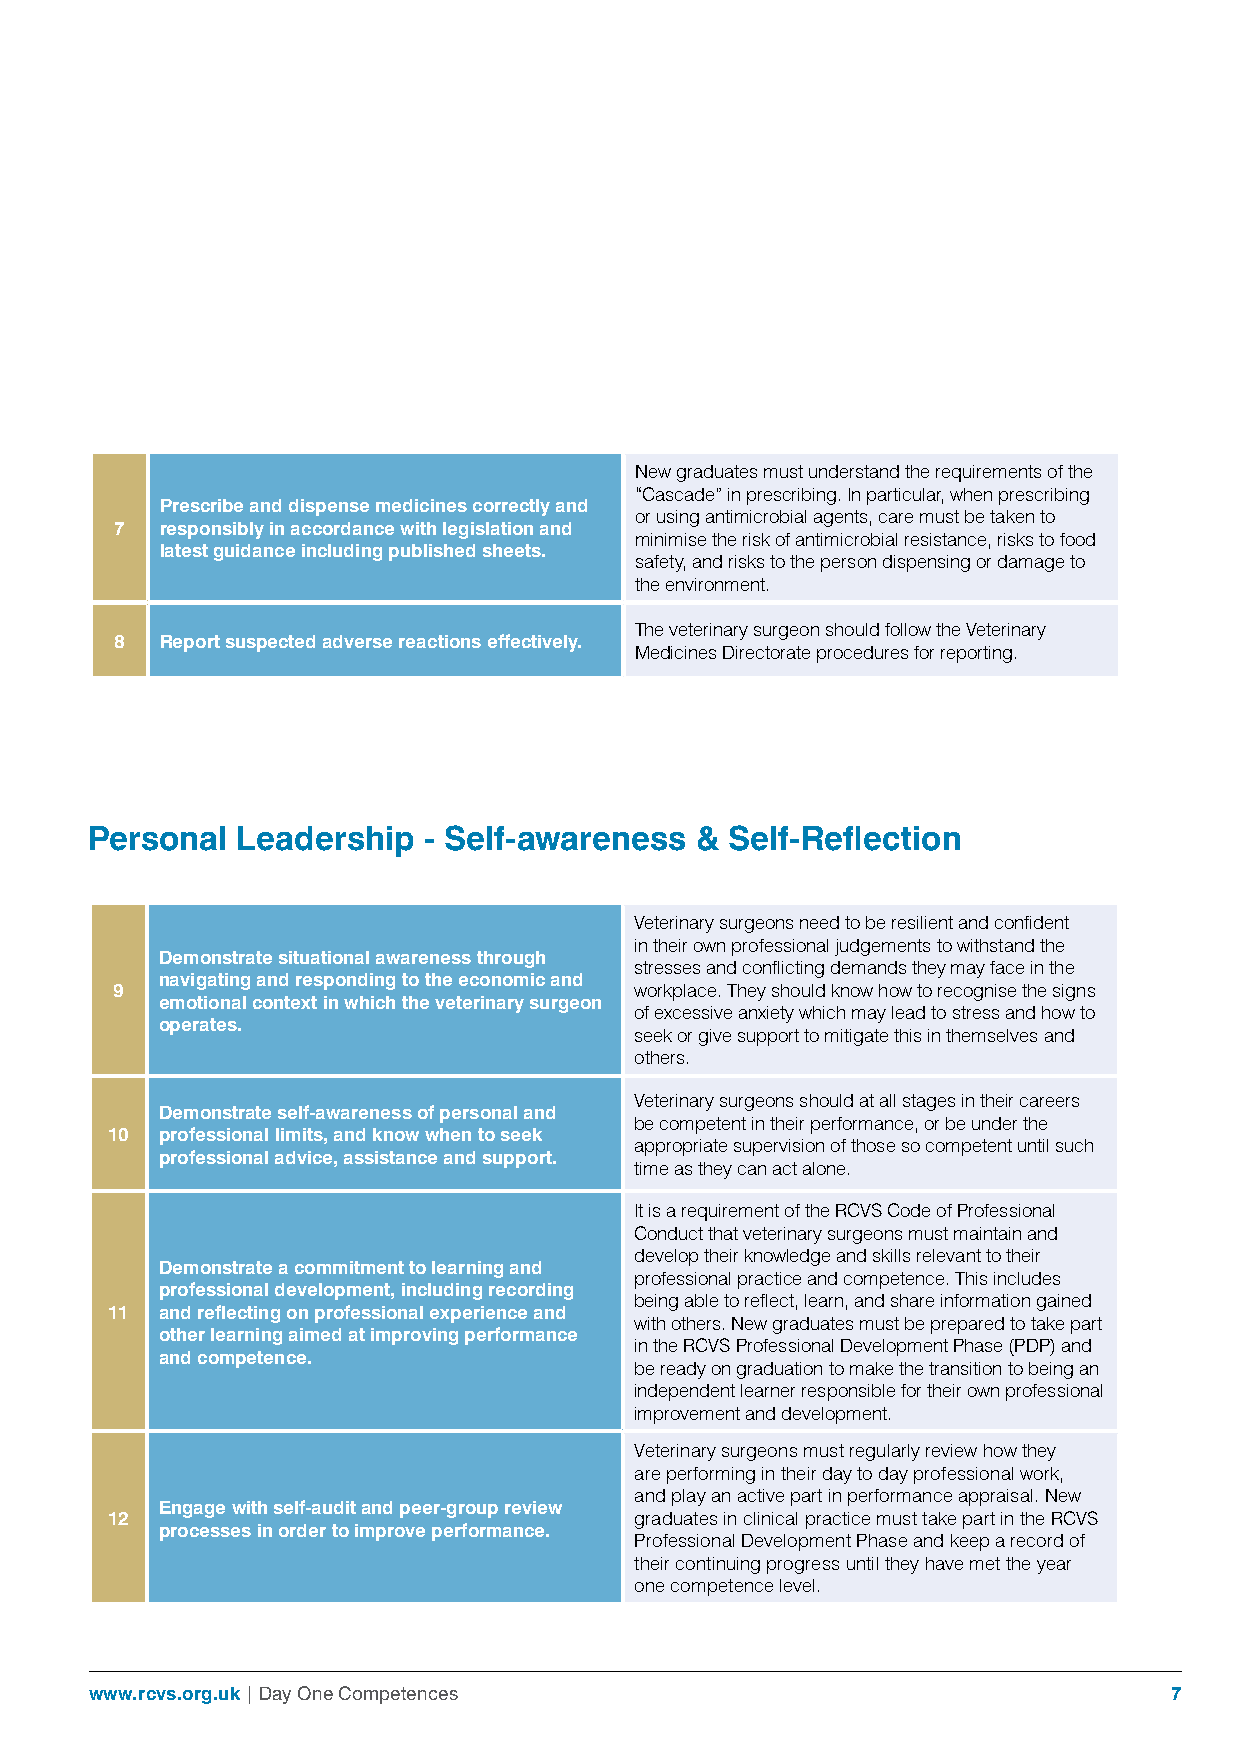
New graduates must understand the requirements of the
 “Cascade” in prescribing. In particular, when prescribing
 Prescribe and dispense medicines correctly and
 or using antimicrobial agents, care must be taken to
 7  responsibly in accordance with legislation and
 minimise the risk of antimicrobial resistance, risks to food
 latest guidance including published sheets.
 safety, and risks to the person dispensing or damage to
 the environment.
 The veterinary surgeon should follow the Veterinary
 8  Report suspected adverse reactions effectively.
 Medicines Directorate procedures for reporting.
 Personal  Leadership  - Self-awareness  & Self-Reflection
 Veterinary surgeons need to be resilient and confident
 in their own professional judgements to withstand the
 Demonstrate situational awareness through
 stresses and conflicting demands they may face in the
 navigating and responding to the economic and
 9                                  workplace. They should know how to recognise the signs
 emotional context in which the veterinary surgeon
 of excessive anxiety which may lead to stress and how to
 operates.
 seek or give support to mitigate this in themselves and
 others.
 Veterinary surgeons should at all stages in their careers
 Demonstrate self-awareness of personal and
 be competent in their performance, or be under the
 10  professional limits, and know when to seek
 appropriate supervision of those so competent until such
 professional advice, assistance and support.
 time as they can act alone.
 It is a requirement of the RCVS Code of Professional
 Conduct that veterinary surgeons must maintain and
 develop their knowledge and skills relevant to their
 Demonstrate a commitment to learning and
 professional practice and competence. This includes
 professional development, including recording
 being able to reflect, learn, and share information gained
 11  and reflecting on professional experience and
 with others. New graduates must be prepared to take part
 other learning aimed at improving performance
 in the RCVS Professional Development Phase (PDP) and
 and competence.
 be ready on graduation to make the transition to being an
 independent learner responsible for their own professional
 improvement and development.
 Veterinary surgeons must regularly review how they
 are performing in their day to day professional work,
 and play an active part in performance appraisal. New
 Engage with self-audit and peer-group review
 12                                 graduates in clinical practice must take part in the RCVS
 processes in order to improve performance.
 Professional Development Phase and keep a record of
 their continuing progress until they have met the year
 one competence level.
 www.rcvs.org.uk | Day One Competences                                  7